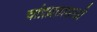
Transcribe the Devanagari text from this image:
चांद्रव्रतासाठी